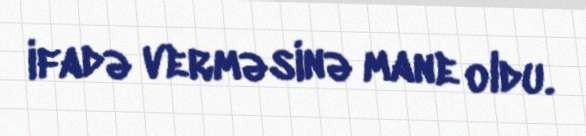
ifadə verməsinə mane oldu.